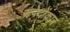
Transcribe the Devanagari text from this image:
जपेदोंकार